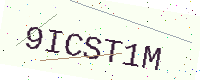
Text: 9ICST1M